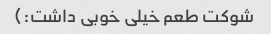
شوکت طعم خیلی خوبی داشت:)